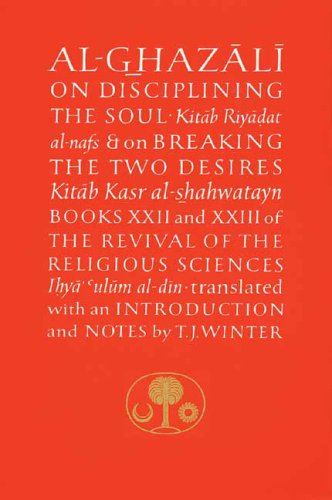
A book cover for Disciplining the Soul and Breaking the Two Desires: Books XXII and XXIII of the Revival of the Religious Sciences (Ghazali Series, Bk. 22 & 23); Abu Hamid Muhammad al-Ghazali; Religion & Spirituality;